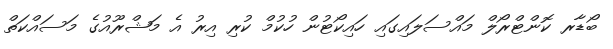
ބޯޑާރ ކޮންޓްރޯލް މައްސަލައިގައި ހައިކޯޓުން ހުކުމް ކުރި އިރު އެ މަޝްރޫއުގެ މަސައްކަތް